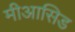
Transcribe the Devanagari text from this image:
मीआसिड